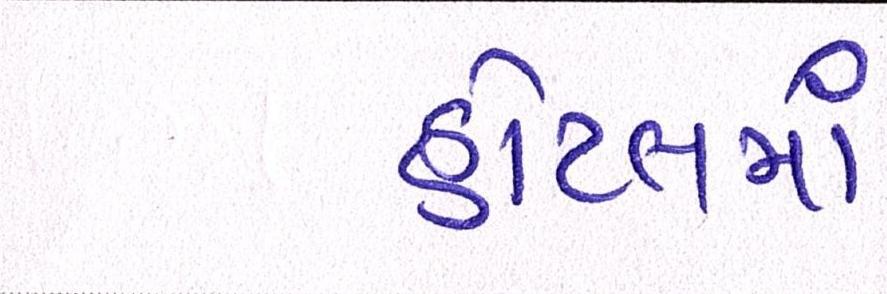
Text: હોટલમાં